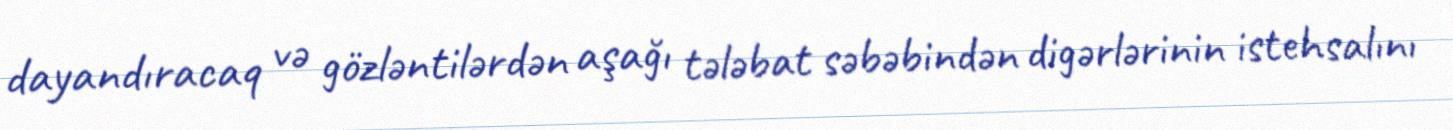
dayandıracaq və gözləntilərdən aşağı tələbat səbəbindən digərlərinin istehsalını